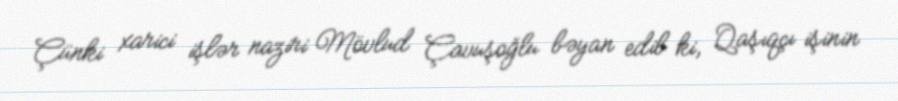
Çünki xarici işlər naziri Mövlud Çavuşoğlu bəyan edib ki, Qaşıqçı işinin